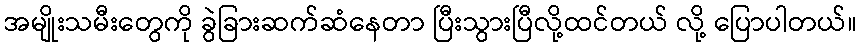
အမျိုးသမီးတွေကို ခွဲခြားဆက်ဆံနေတာ ပြီးသွားပြီလို့ထင်တယ် လို့ ပြောပါတယ်။